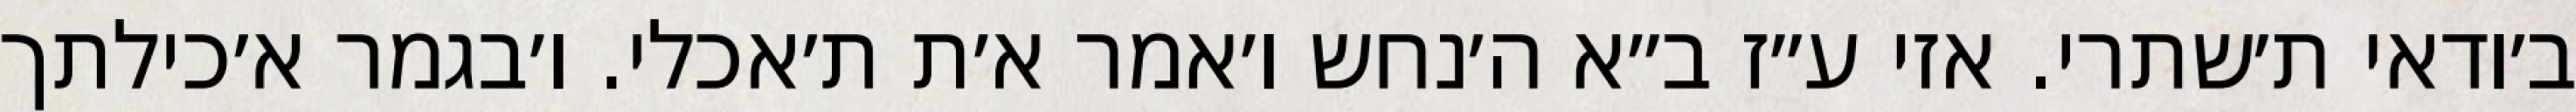
ב׳ודאי ת׳שתרי. אזי ע״ז ב״א ה׳נחש ו׳אמר א׳ת ת׳אכלי. ו׳בגמר א׳כילתך